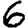
Digit: 6